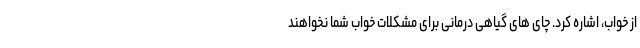
از خواب، اشاره کرد. چای های گیاهی درمانی برای مشکلات خواب شما نخواهند